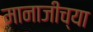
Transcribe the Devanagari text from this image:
मानाजीच्या